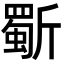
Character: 𭤦